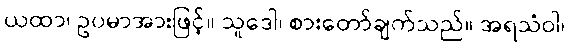
ယထာ၊ ဥပမာအားဖြင့်။ သူဒေါ၊ စားတော်ချက်သည်။ အရသံဝါ၊